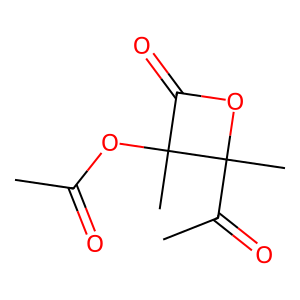
SMILES: CC(=O)OC1(C)C(=O)OC1(C)C(C)=O
Inhibits HIV replication: No